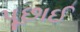
પૂછાઈ